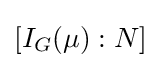
[I_{G}(\mu ):N]